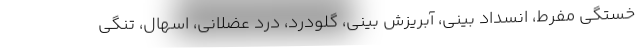
خستگی مفرط، انسداد بینی، آبریزش بینی، گلودرد، درد عضلانی، اسهال، تنگی